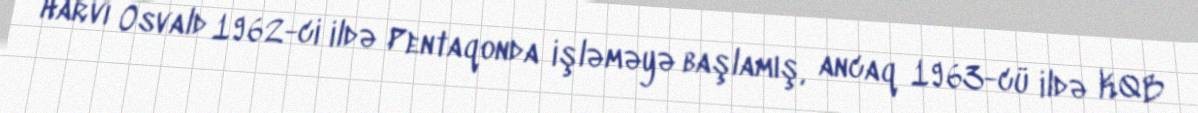
Harvi Osvald 1962-ci ildə Pentaqonda işləməyə başlamış, ancaq 1963-cü ildə KQB